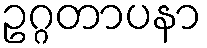
ဥဂ္ဂတာပနာ